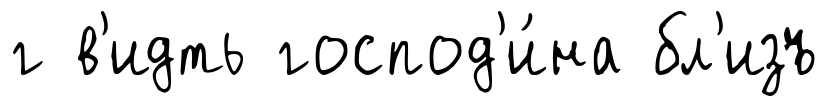
г в'идть господ'и́на бл'изъ